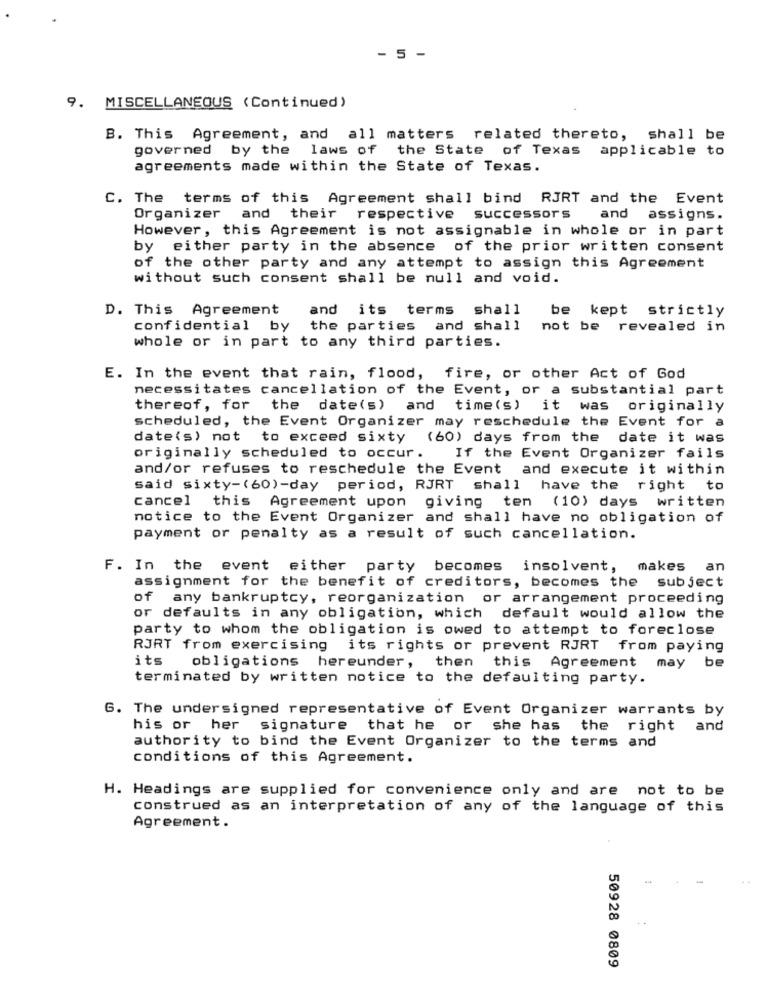
- 5 -
9. MISCELLANEOUS (Continued)
B. This Agreement, and all matters related thereto, shall be
governed by the
laws of the State of Texas
applicable to
agreements made within the State of Texas.
C. The terms of this Agreement shall bind RJRT and the Event
Organizer and their respective successors
and assigns.
However, this Agreement is not assignable in whole or in part
by either party in the absence of the prior written consent
of the other party and any attempt to assign this Agreement
without such consent shall be null and void.
D. This Agreement
and its terms shall
be kept strictly
confidential by the parties and shall
not be revealed in
whole or in part to any third parties.
E. In the event that rain, flood, fire, or other Act of God
necessitates cancellation of the Event, or a substantial part
thereof, for the date(s) and time(s) it was
originally
scheduled, the Event Organizer may reschedule the Event for a
date(s) not to exceed sixty (60) days from the date it was
originally scheduled to occur.
If the Event Organizer fails
and/or refuses to reschedule the Event and execute it within
said sixty-(60)-day period, RJRT shall have the right
to
cancel
this Agreement upon giving ten (10) days written
notice to the Event Organizer and shall have no obligation of
payment or penalty as a result of such cancellation.
F. In the event either party becomes
insolvent,
makes
an
sub ject
assignment for the benefit of creditors, becomes the
of any bankruptcy, reorganization or arrangement proceeding
or defaults in any obligation, which default would allow the
party to whom the obligation is owed to attempt to foreclose
RJRT from exercising its rights or prevent RJRT
from paying
its
obligations hereunder,
be
then this Agreement may
terminated by written notice to the defaulting party.
G. The undersigned representative of Event Organizer warrants by
his or her signature
that he or she has
the right and
authority to bind the Event Organizer to the terms and
conditions of this Agreement.
H. Headings are supplied for convenience only and are not to be
construed as an interpretation of any of the language of this
Agreement.
50928 0809